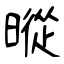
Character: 暰